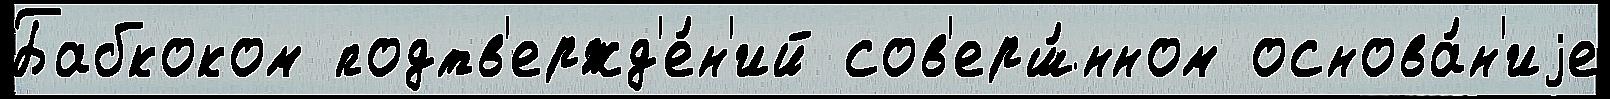
Бабкоком подтв'ержд'е́н'ий сов'ерш́нном основа́н'иjе